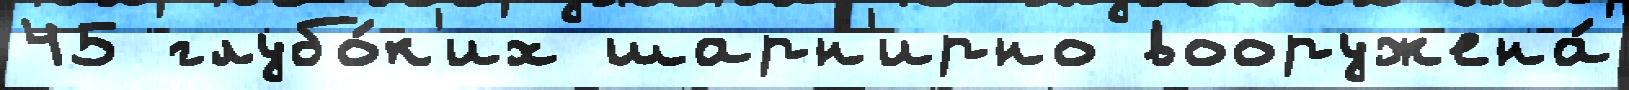
45 глубо́к'их шарн'ирно вооружена́